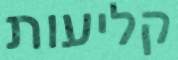
קליעות